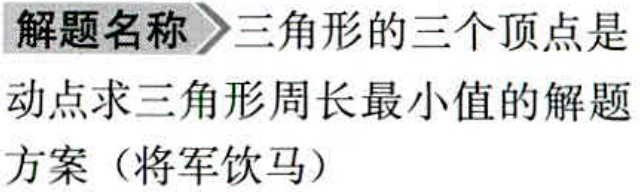
解题名称 \(\rhd\) 三角形的三个顶点是

动点求三角形周长最小值的解题

方案（将军饮马）